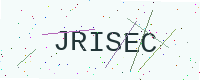
Text: JRISEC